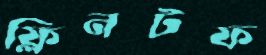
ফ্লিনটফ